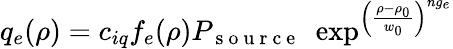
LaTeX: q_{e}(\rho)=c_{iq}f_{e}(\rho)P_{\mathrm{~s~o~u~r~c~e~}}\, \, \exp^{\left(\frac{\rho-\rho_{0}}{w_{0}}\right)^{ng_{e}}}